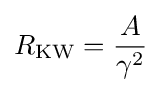
R_{\mathrm {KW} }={\frac {A}{\gamma ^{2}}}